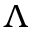
\Lambda